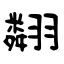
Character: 翷